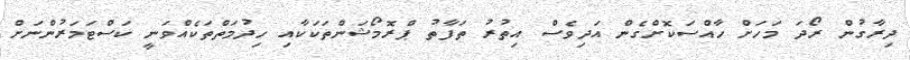
ދިރާގުން ރޯދަ މަހަށް ހާއްސަކޮށްގެން އަދިވެސް އިތުރު ތަފާތު ޕްރޮމޯޝަންތަކަކާއި ހިދުމަތްތަކެއްވަނީ ކަސްޓަމަރުންނަށް